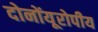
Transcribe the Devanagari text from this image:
दोनोंयूरोपीय